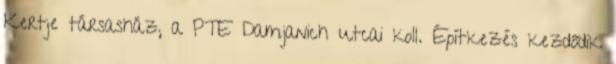
Kertje társasház, a PTE Damjanich utcai koll. Építkezés kezdődik